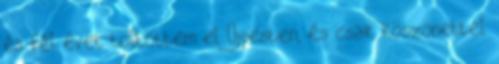
és fél évet töltöttem el Újpesten, és csak köszönettel